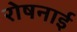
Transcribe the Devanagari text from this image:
रोषनाई